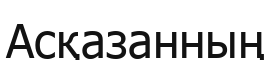
Асқазанның